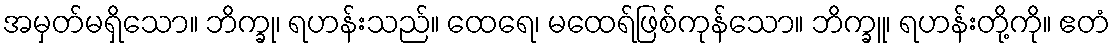
အမှတ်မရှိသော။ ဘိက္ခု၊ ရဟန်းသည်။ ထေရေ၊ မထေရ်ဖြစ်ကုန်သော။ ဘိက္ခူ၊ ရဟန်းတို့ကို။ ဧတံ